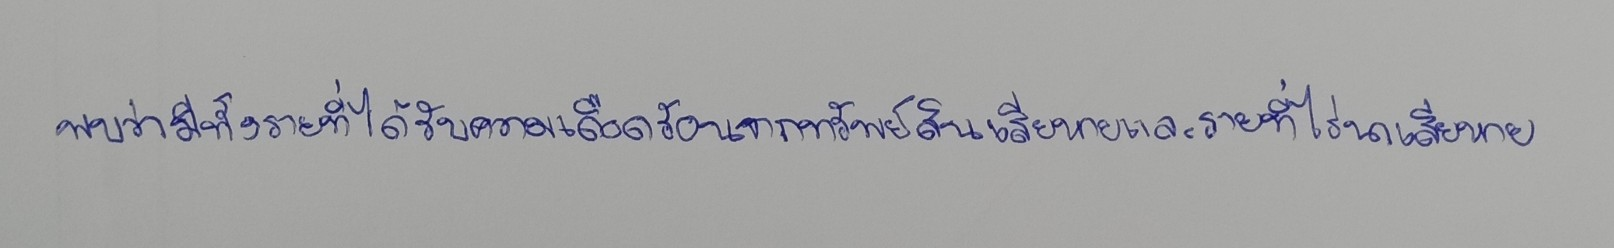
พบว่ามีทั้งรายที่ได้รับความเดือดร้อนจากทรัพย์สินเสียหายและรายที่ไร่นาเสียหาย